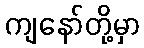
ကျနော်တို့မှာ